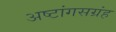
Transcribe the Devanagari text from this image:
अष्टांगसग्रंह